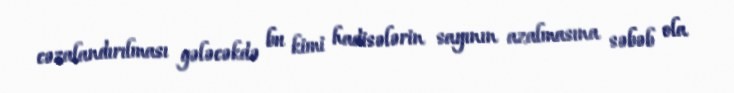
cəzalandırılması gələcəkdə bu kimi hadisələrin sayının azalmasına səbəb ola